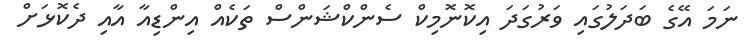
ނަމަ އޭގެ ބަދަލުގައި ވަރުގަދަ އިކޮނޮމިކް ސެންކްޝަންސް ތަކެއް އިންޑިއާ އާއި ދެކޮޅަށް